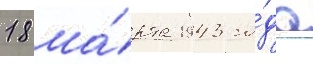
18 ма́рта 1943 го́да